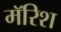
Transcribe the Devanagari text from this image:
मॅरिश